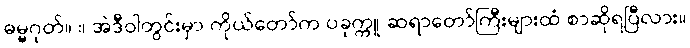
ဓမ္မဂုတ်။ ။ အဲဒီဝါတွင်းမှာ ကိုယ်တော်က ပခုက္ကူ ဆရာတော်ကြီးများထံ စာဆိုရပြီလား။